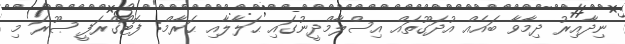
ނިދާއިރު ދިމާވާ ބައެއް އުދަގޫތައް އިސްލާމްދީނުގައި ޙަލާލާއި ޙަރާމް: ފޮޓޯގްރަފީ ޞޫރަ މި